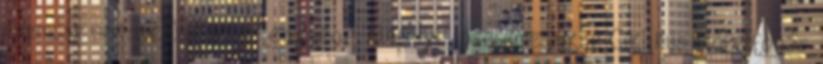
kozmosz sokszerűsége és egysége, alapelve, őseleme arkhé Ciklikus időfelfogás